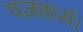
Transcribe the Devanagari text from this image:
यज्ञकर्म।